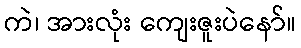
ကဲ၊ အားလုံး ကျေးဇူးပဲနော်။